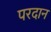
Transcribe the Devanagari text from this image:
परदान